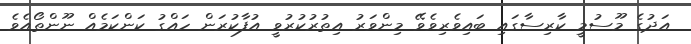
އަދުގެ މޫސުމީ ކާރިސާގައި ބައިވެރިވެވޭ މިންވަރު އިތުރުކުރުވީ އުފާކުރަން ހައްގު ކަންކަމެއް ނޫންތޯއެވެ